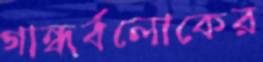
গান্ধর্বলোকের